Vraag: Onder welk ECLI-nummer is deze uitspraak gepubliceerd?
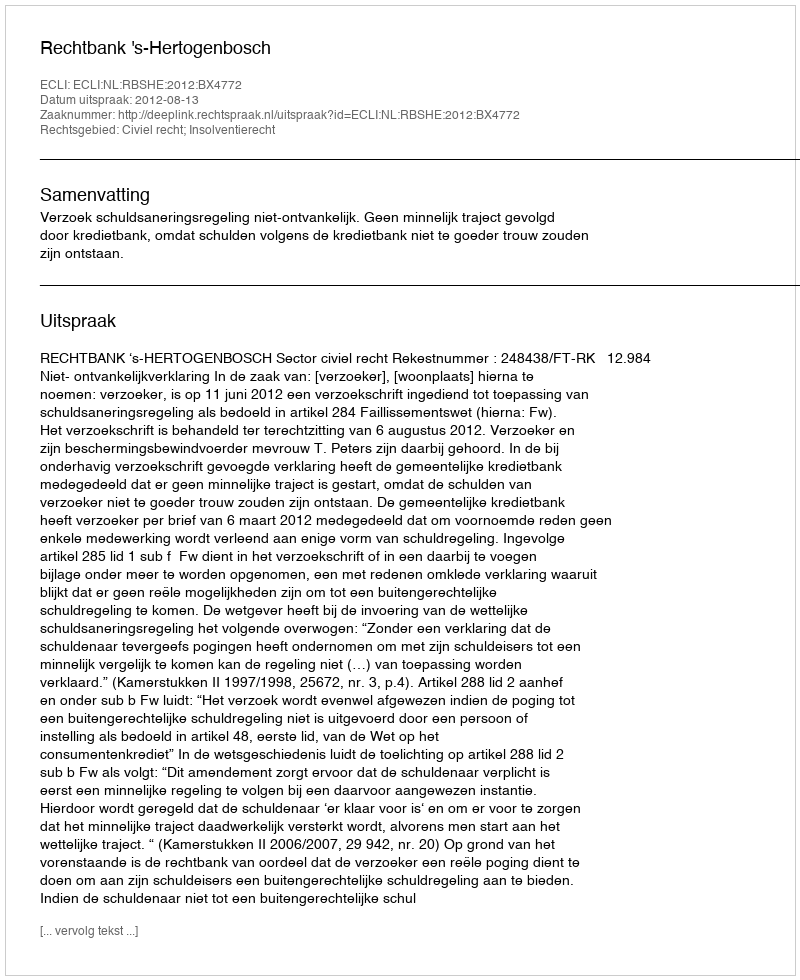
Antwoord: ECLI:NL:RBSHE:2012:BX4772